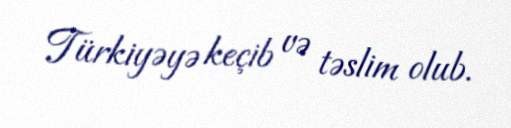
Türkiyəyə keçib və təslim olub.